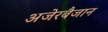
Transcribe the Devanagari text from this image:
अजेरबैजान